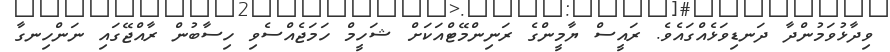
ވިދާޅުވަމުންދާ ދަނޑިވަޅެއްގައެވެ. ރައީސް ޔާމީންގެ ރަނިންމޭޓްއަކަށް ޝަހީމް ހަމަޖެއްސެވި ހިސާބުން ރާއްޖޭގައި ނަންހިނގާ